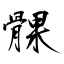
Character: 髁